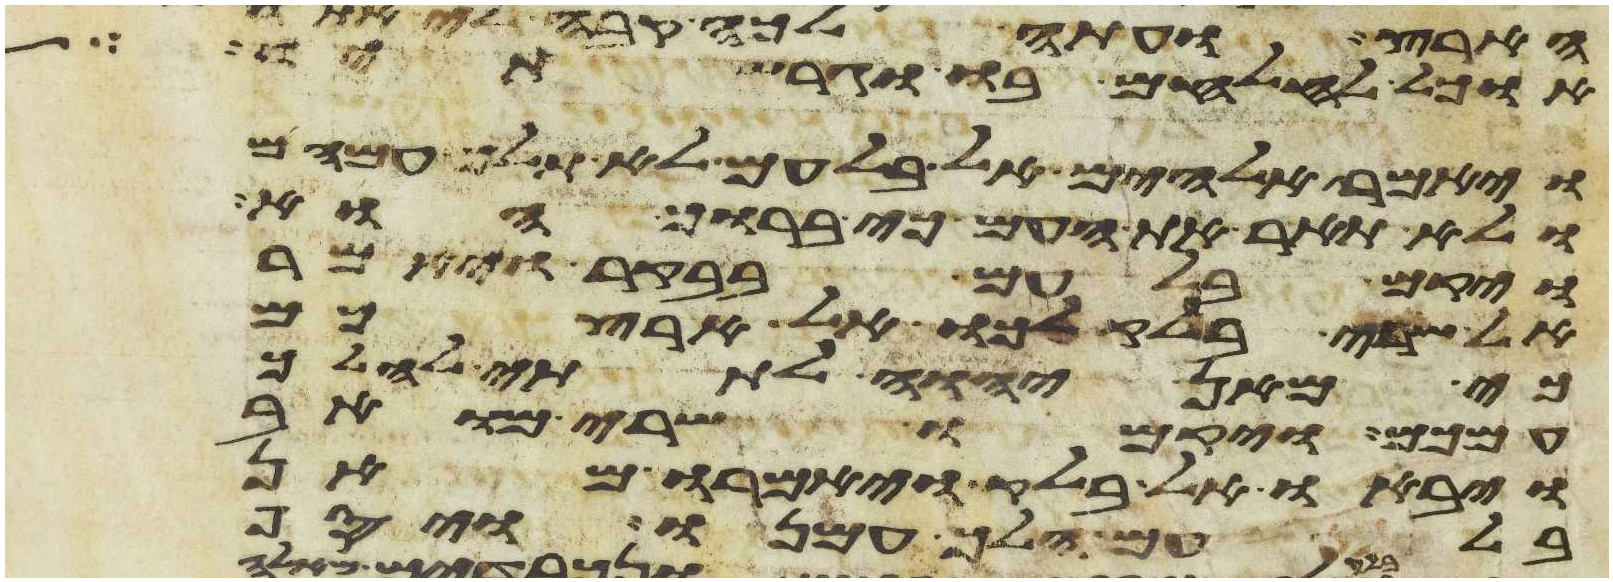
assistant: אוכל להלחם בו וגרשתיו
ויאמר אלהים אל בלעם לא תלך עמהם
ולא תאר את העם כי ברוך הוא
ויקם בלעם בבקר ויאמר
אל שרי בלק לכו אל ארצכם
כי מאן יהוה לתתי להלך
עמכם ויקמו שרי מואב
ויבאו אל בלק ויאמרו מאן
בלעם הלך עמנו ויסף